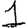
Digit: 1